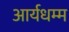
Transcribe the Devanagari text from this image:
आर्यधम्म